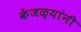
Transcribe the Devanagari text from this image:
केंजळ्यांनी